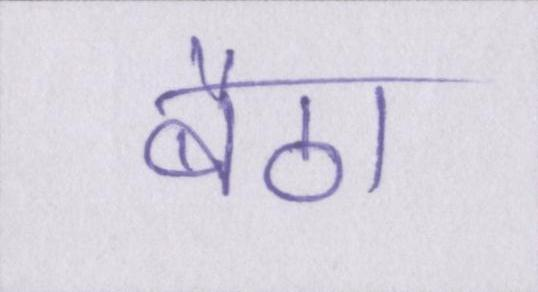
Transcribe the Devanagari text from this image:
बैठा